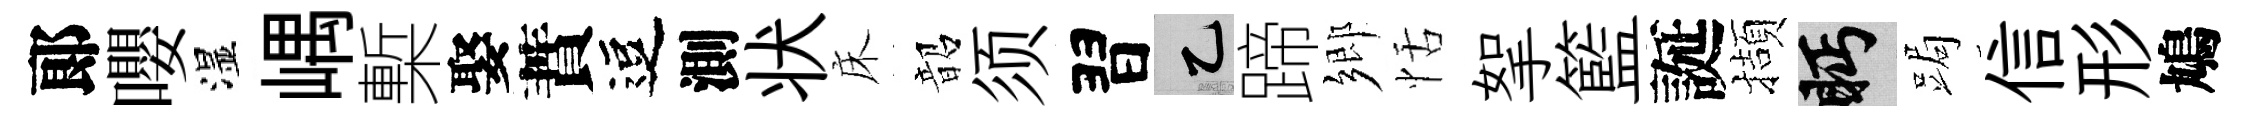
郞嚶湿嵎槧娶蕡逗測状床韶须習乙蹄鄉恬挐籃誕擷眄跼信形鳩